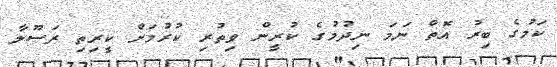
ކަމުގެ ބިރު އޮތް ނަމަ ނިދުމުގެ ކުރީން ވިތުރި ކުރުމަށް ކީރިތި ރަސޫލާ